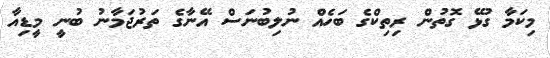
މިކަމާ ގުޅޭ ގޮތުން ރިތިކްގެ ބަހެއް ނުލިބުނަސް އޭނާގެ ތަރުޖަމާނު ބުނީ މީޑިއާ